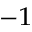
^ { - 1 }